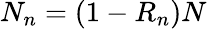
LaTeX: N_{n}=(1-R_{n})N